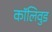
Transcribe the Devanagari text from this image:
कॉलिवुड